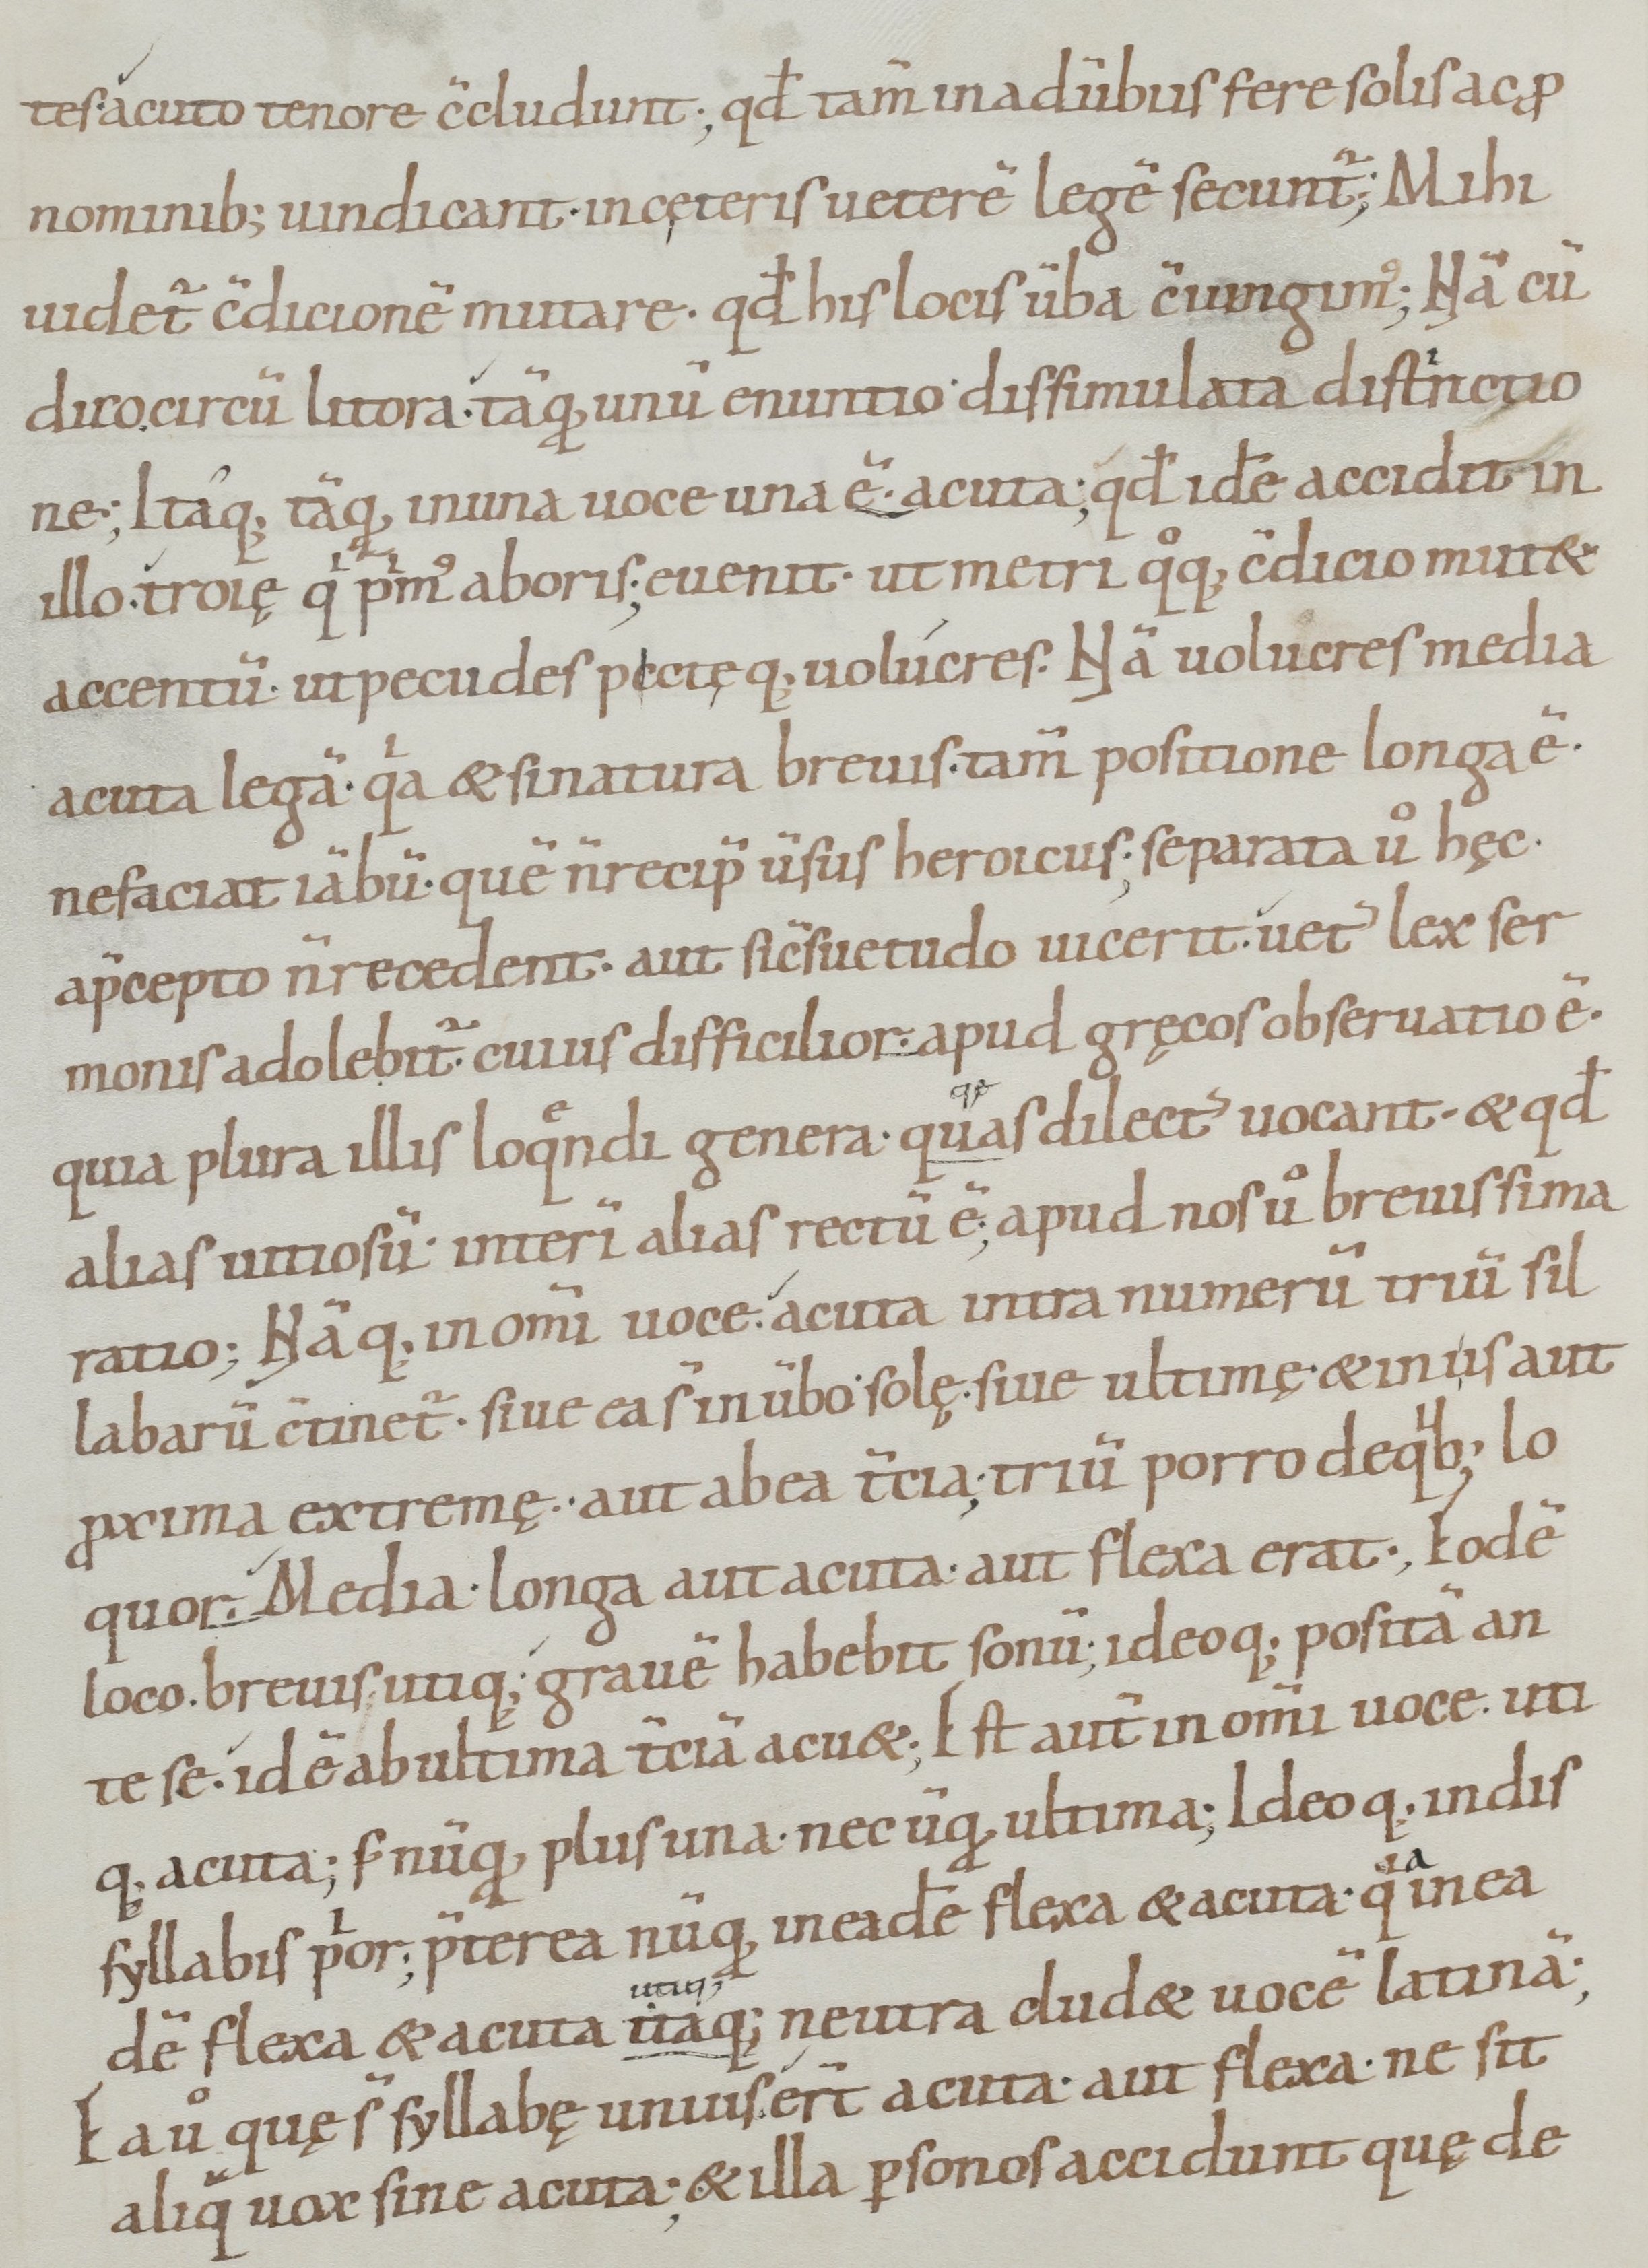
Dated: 900–1099